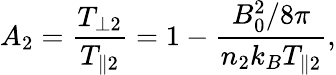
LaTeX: A_{2}=\frac{T_{\perp 2}}{T_{\parallel 2}}=1-\frac{B_{0}^{2}/8\pi}{n_{2}k_{B}T_{\parallel 2}},